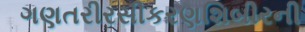
ગણતરીરસીકરણશિબીરની